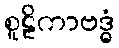
စူဠိကာဗဒ္ဓံ